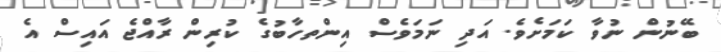
ބޭނުން ނުވާ ކަމަށެވެ. އަދި ނަމަވެސް އިންތހާބުގެ ކުރިން ރާއްޖެ އައިސް އެ